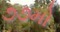
૭૭મો